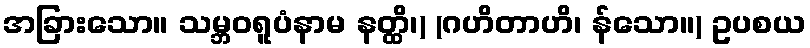
အခြားသော။ သမ္ဘဝရူပံနာမ နတ္ထိ၊) (ဂဟိတာဟိ၊ န်သော။) ဥပစယ